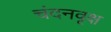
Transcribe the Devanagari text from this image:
चंदनवृक्ष